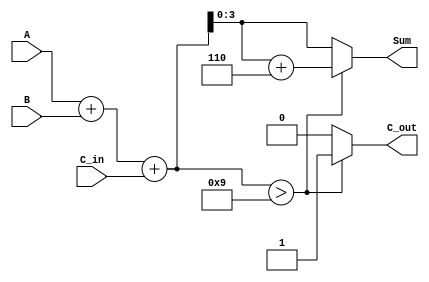
module BCD_Conditional_Adder (
    input  wire [3:0] A,      // First BCD digit (0-9)
    input  wire [3:0] B,      // Second BCD digit (0-9)
    input  wire       C_in,    // Carry input
    output reg  [3:0] Sum,     // Resulting BCD digit (0-9)
    output reg       C_out      // Carry output
);

    wire [4:0] S;             // 5-bit sum to accommodate carry
    assign S = A + B + C_in;  // Perform binary addition

    always @(*) begin
        if (S > 9) begin
            Sum = S[3:0] + 4'b0110; // Add 6 to correct BCD
            C_out = 1;              // Set carry output
        end else begin
            Sum = S[3:0];           // No correction needed
            C_out = 0;              // No carry out
        end
    end

endmodule